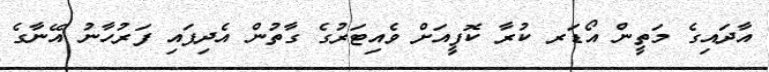
އާދައިގެ މަތީން އޯޑަރ ކުރާ ކޮފީއަށް ވެއިޓަރުގެ ގާތުން އެދިފައި ފަރުހާނު އޭނާގެ